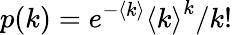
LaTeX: p(k)=e^{-\langle k\rangle}{\langle k\rangle}^{k}/{k!}